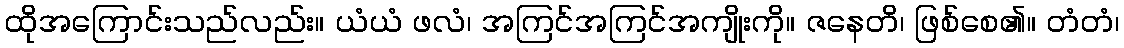
ထိုအကြောင်းသည်လည်း။ ယံယံ ဖလံ၊ အကြင်အကြင်အကျိုးကို။ ဇနေတိ၊ ဖြစ်စေ၏။ တံတံ၊